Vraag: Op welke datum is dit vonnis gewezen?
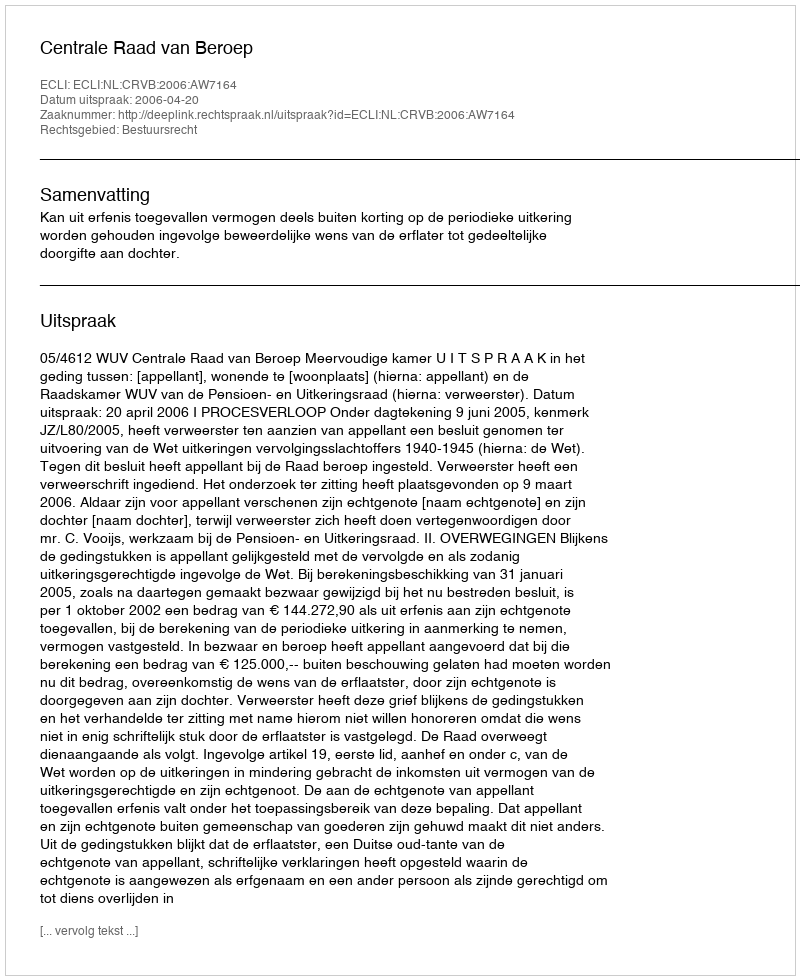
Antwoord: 2006-04-20